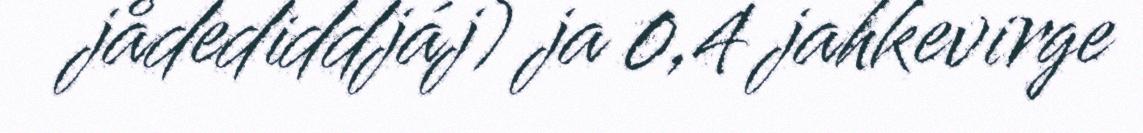
jådediddjáj) ja 0,4 jahkevirge